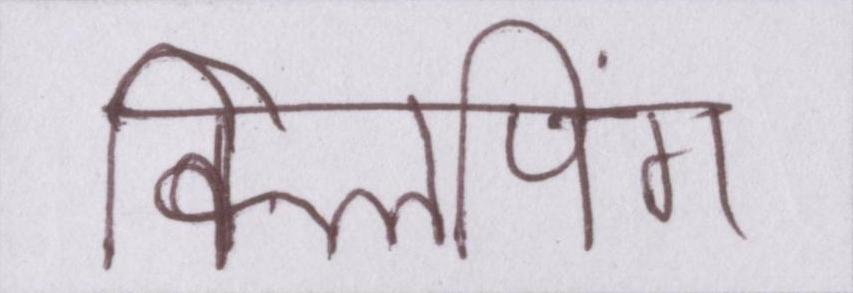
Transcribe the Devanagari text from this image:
क्लिपिंग